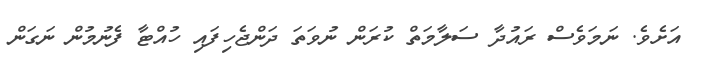
އަށެވެ. ނަމަވެސް ރައުދާ ސަލާމަތް ކުރަން ނުވަތަ ދަންޖެހިފައި ހުއްޓާ ފެނުމުން ނަގަން